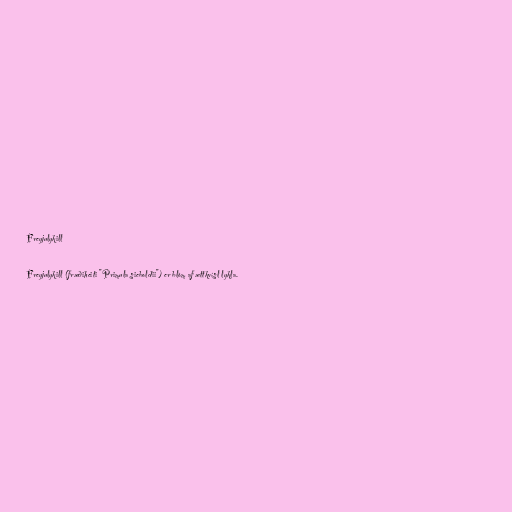
Freyjulykill

Freyjulykill (fræðiheiti "Primula sieboldii") er blóm af ættkvísl lykla.